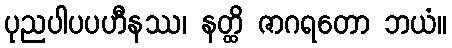
ပုညပါပပဟီနဿ၊ နတ္ထိ ဇာဂရတော ဘယံ။